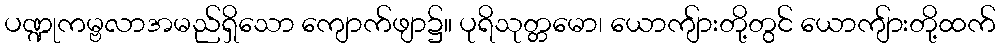
ပဏ္ဍုကမ္ဗလာအမည်ရှိသော ကျောက်ဖျာ၌။ ပုရိသုတ္တမော၊ ယောကျ်ားတို့တွင် ယောကျ်ားတို့ထက်